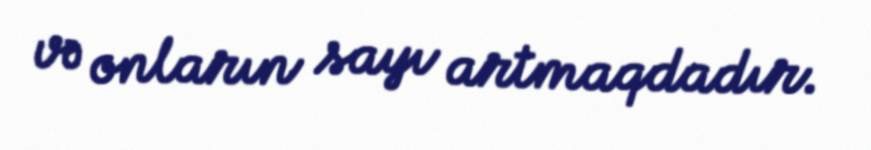
və onların sayı artmaqdadır.